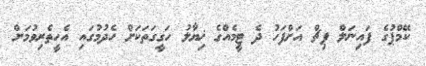
ކޭމްޕުގެ ފައިނަލް ޕިޗް އަށްފަހު ދެ ޓީމެއްގެ ޚިޔާލު ހަގީގަތަކަށް ހެދުމުގައި އެހީތެރިވުމަށް